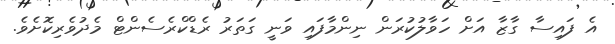
އެ ފައިސާ ގާޒާ އަށް ހަވާލުކުރަން ނިންމާފައި ވަނީ ގަތަރު ރެޑްކްރެސެންޓް މެދުވެރިކޮށެވެ.